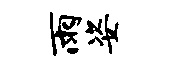
雨姿